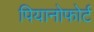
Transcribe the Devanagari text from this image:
पियानोफोर्ट